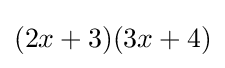
(2x+3)(3x+4)